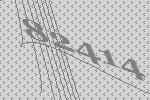
82414